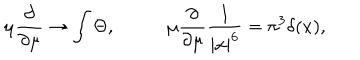
LaTeX: \mu { \frac { \partial } { \partial \mu } } \rightarrow \int \Theta , ~ ~ \mu { \frac { \partial } { \partial \mu } } { \frac { 1 } { | x | ^ { 6 } } } = \pi ^ { 3 } \delta ( x ) ,